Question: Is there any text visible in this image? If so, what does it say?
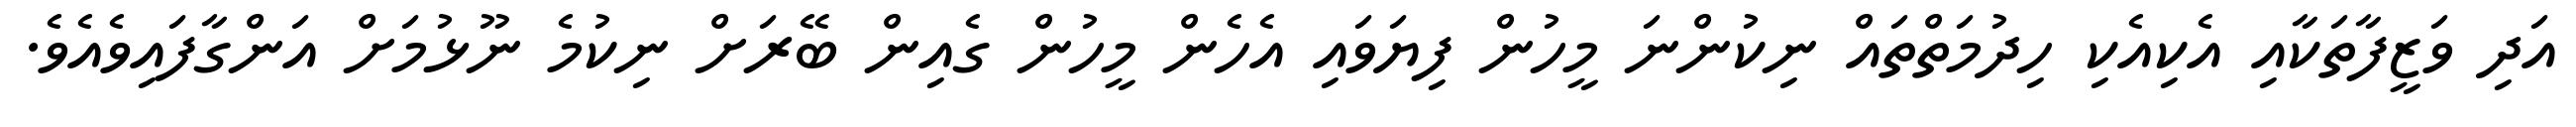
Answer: އަދި ވަޒީފާތަކާއި އެކިއެކި ހިދުމަތްތައް ނިކުންނަ މީހުން ފިޔަވައި އެހެން މީހުން ގެއިން ބޭރަށް ނިކުމެ ނޫޅުމަށް އަންގާފައިވެއެވެ.